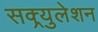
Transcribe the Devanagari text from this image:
सक्र्युलेशन